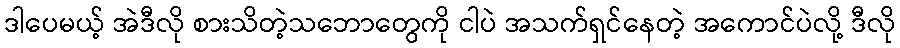
ဒါပေမယ့် အဲဒီလို စားသိတဲ့သဘောတွေကို ငါပဲ အသက်ရှင်နေတဲ့ အကောင်ပဲလို့ ဒီလို